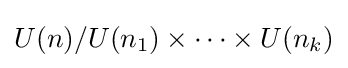
U(n)/U(n_{1})\times \cdots \times U(n_{k})